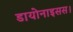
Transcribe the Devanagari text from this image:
डायोनाइसस।